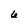
Character: 6